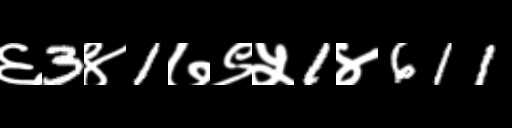
Text: ६3४1७९५1४611